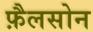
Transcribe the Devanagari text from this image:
फ़ैलसोन